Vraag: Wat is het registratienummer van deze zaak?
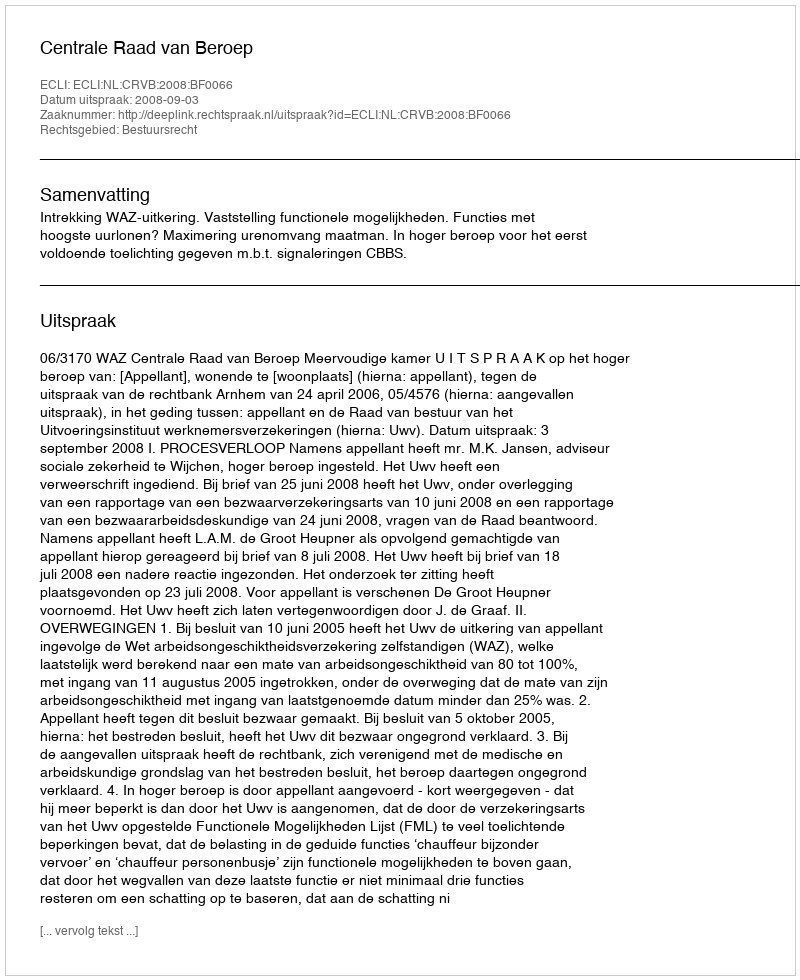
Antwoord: http://deeplink.rechtspraak.nl/uitspraak?id=ECLI:NL:CRVB:2008:BF0066